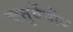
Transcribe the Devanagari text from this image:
चतुर्वेदीय